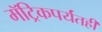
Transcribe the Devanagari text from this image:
मॅट्रिकपर्यंतही